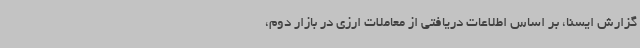
گزارش ایسنا، بر اساس اطلاعات دریافتی از معاملات ارزی در بازار دوم،